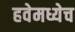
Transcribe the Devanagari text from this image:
हवेमध्येच